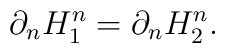
\partial_n H_1^n = \partial_n H_2^n.